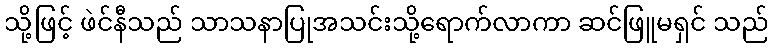
သို့ဖြင့် ဖဲင်နီသည် သာသနာပြုအသင်းသို့ရောက်လာကာ ဆင်ဖြူမရှင် သည်